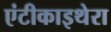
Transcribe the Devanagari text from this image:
एंटीकाइथेरा